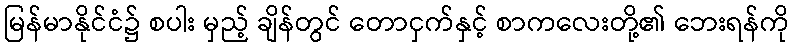
မြန်မာနိုင်ငံ၌ စပါး မှည့် ချိန်တွင် တောငှက်နှင့် စာကလေးတို့၏ ဘေးရန်ကို